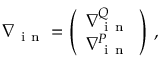
\nabla { } _ { \mathrm { ~ i ~ n ~ } } = \left( \begin{array} { l } { \nabla { } _ { \mathrm { ~ i ~ n ~ } } ^ { Q } } \\ { \nabla { } _ { \mathrm { ~ i ~ n ~ } } ^ { P } } \end{array} \right) \, ,